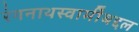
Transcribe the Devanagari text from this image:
रंगनाथस्वामींबद्दल